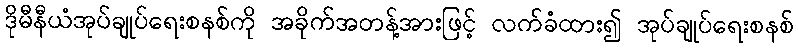
ဒိုမီနီယံအုပ်ချုပ်ရေးစနစ်ကို အခိုက်အတန့်အားဖြင့် လက်ခံထား၍ အုပ်ချုပ်ရေးစနစ်